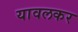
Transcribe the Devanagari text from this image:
यावलकर